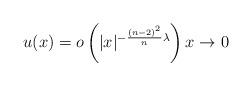
LaTeX: \begin{align*} u(x)=o\left(|x|^{-\frac{(n-2)^2}{n}\lambda} \right) x\to0 \end{align*}